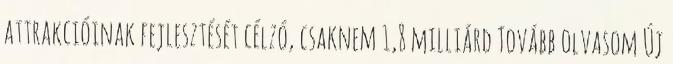
attrakcióinak fejlesztését célzó, csaknem 1,8 milliárd Tovább olvasom Új